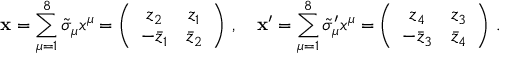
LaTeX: \mathbf { x } = \sum _ { \mu = 1 } ^ { 8 } \tilde { \sigma } _ { \mu } x ^ { \mu } = \left( \begin{array} { c c } { { z _ { 2 } } } & { { z _ { 1 } } } \\ { { - \bar { z } _ { 1 } } } & { { \bar { z } _ { 2 } } } \end{array} \right) \, , \quad \mathbf { x } ^ { \prime } = \sum _ { \mu = 1 } ^ { 8 } \tilde { \sigma } _ { \mu } ^ { \prime } x ^ { \mu } = \left( \begin{array} { c c } { { z _ { 4 } } } & { { z _ { 3 } } } \\ { { - \bar { z } _ { 3 } } } & { { \bar { z } _ { 4 } } } \end{array} \right) \, .